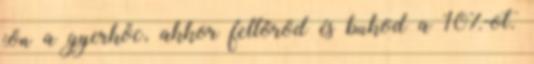
jön a gyerkőc, akkor feltöröd és bukod a 10%-ot.